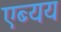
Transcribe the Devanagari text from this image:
एब्यय